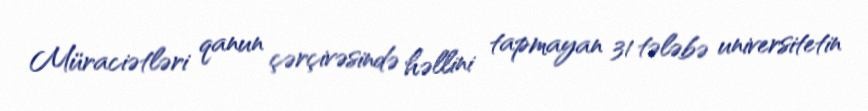
Müraciətləri qanun çərçivəsində həllini tapmayan 31 tələbə universitetin